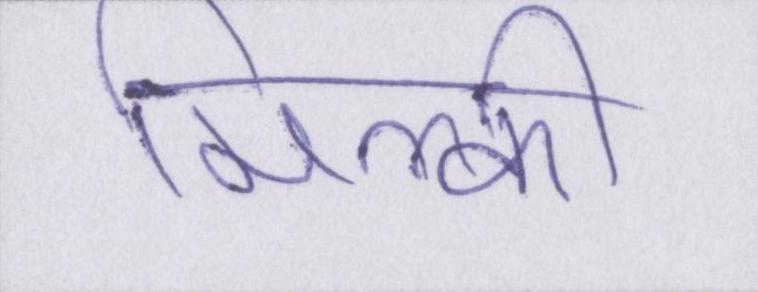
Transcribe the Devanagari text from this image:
मिल्की